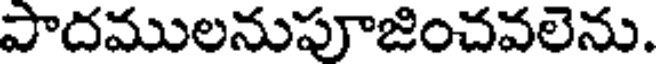
పాదములనుపూజించవలెను.